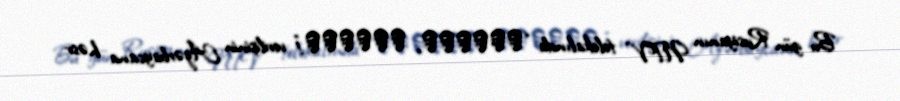
Bu gün Rusiyanın NTV telekalında “Поедем, поедим!” verilişinin Azərbaycana həsr